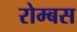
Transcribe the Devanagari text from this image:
रोम्बस